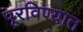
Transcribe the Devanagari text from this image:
पूरविण्यात